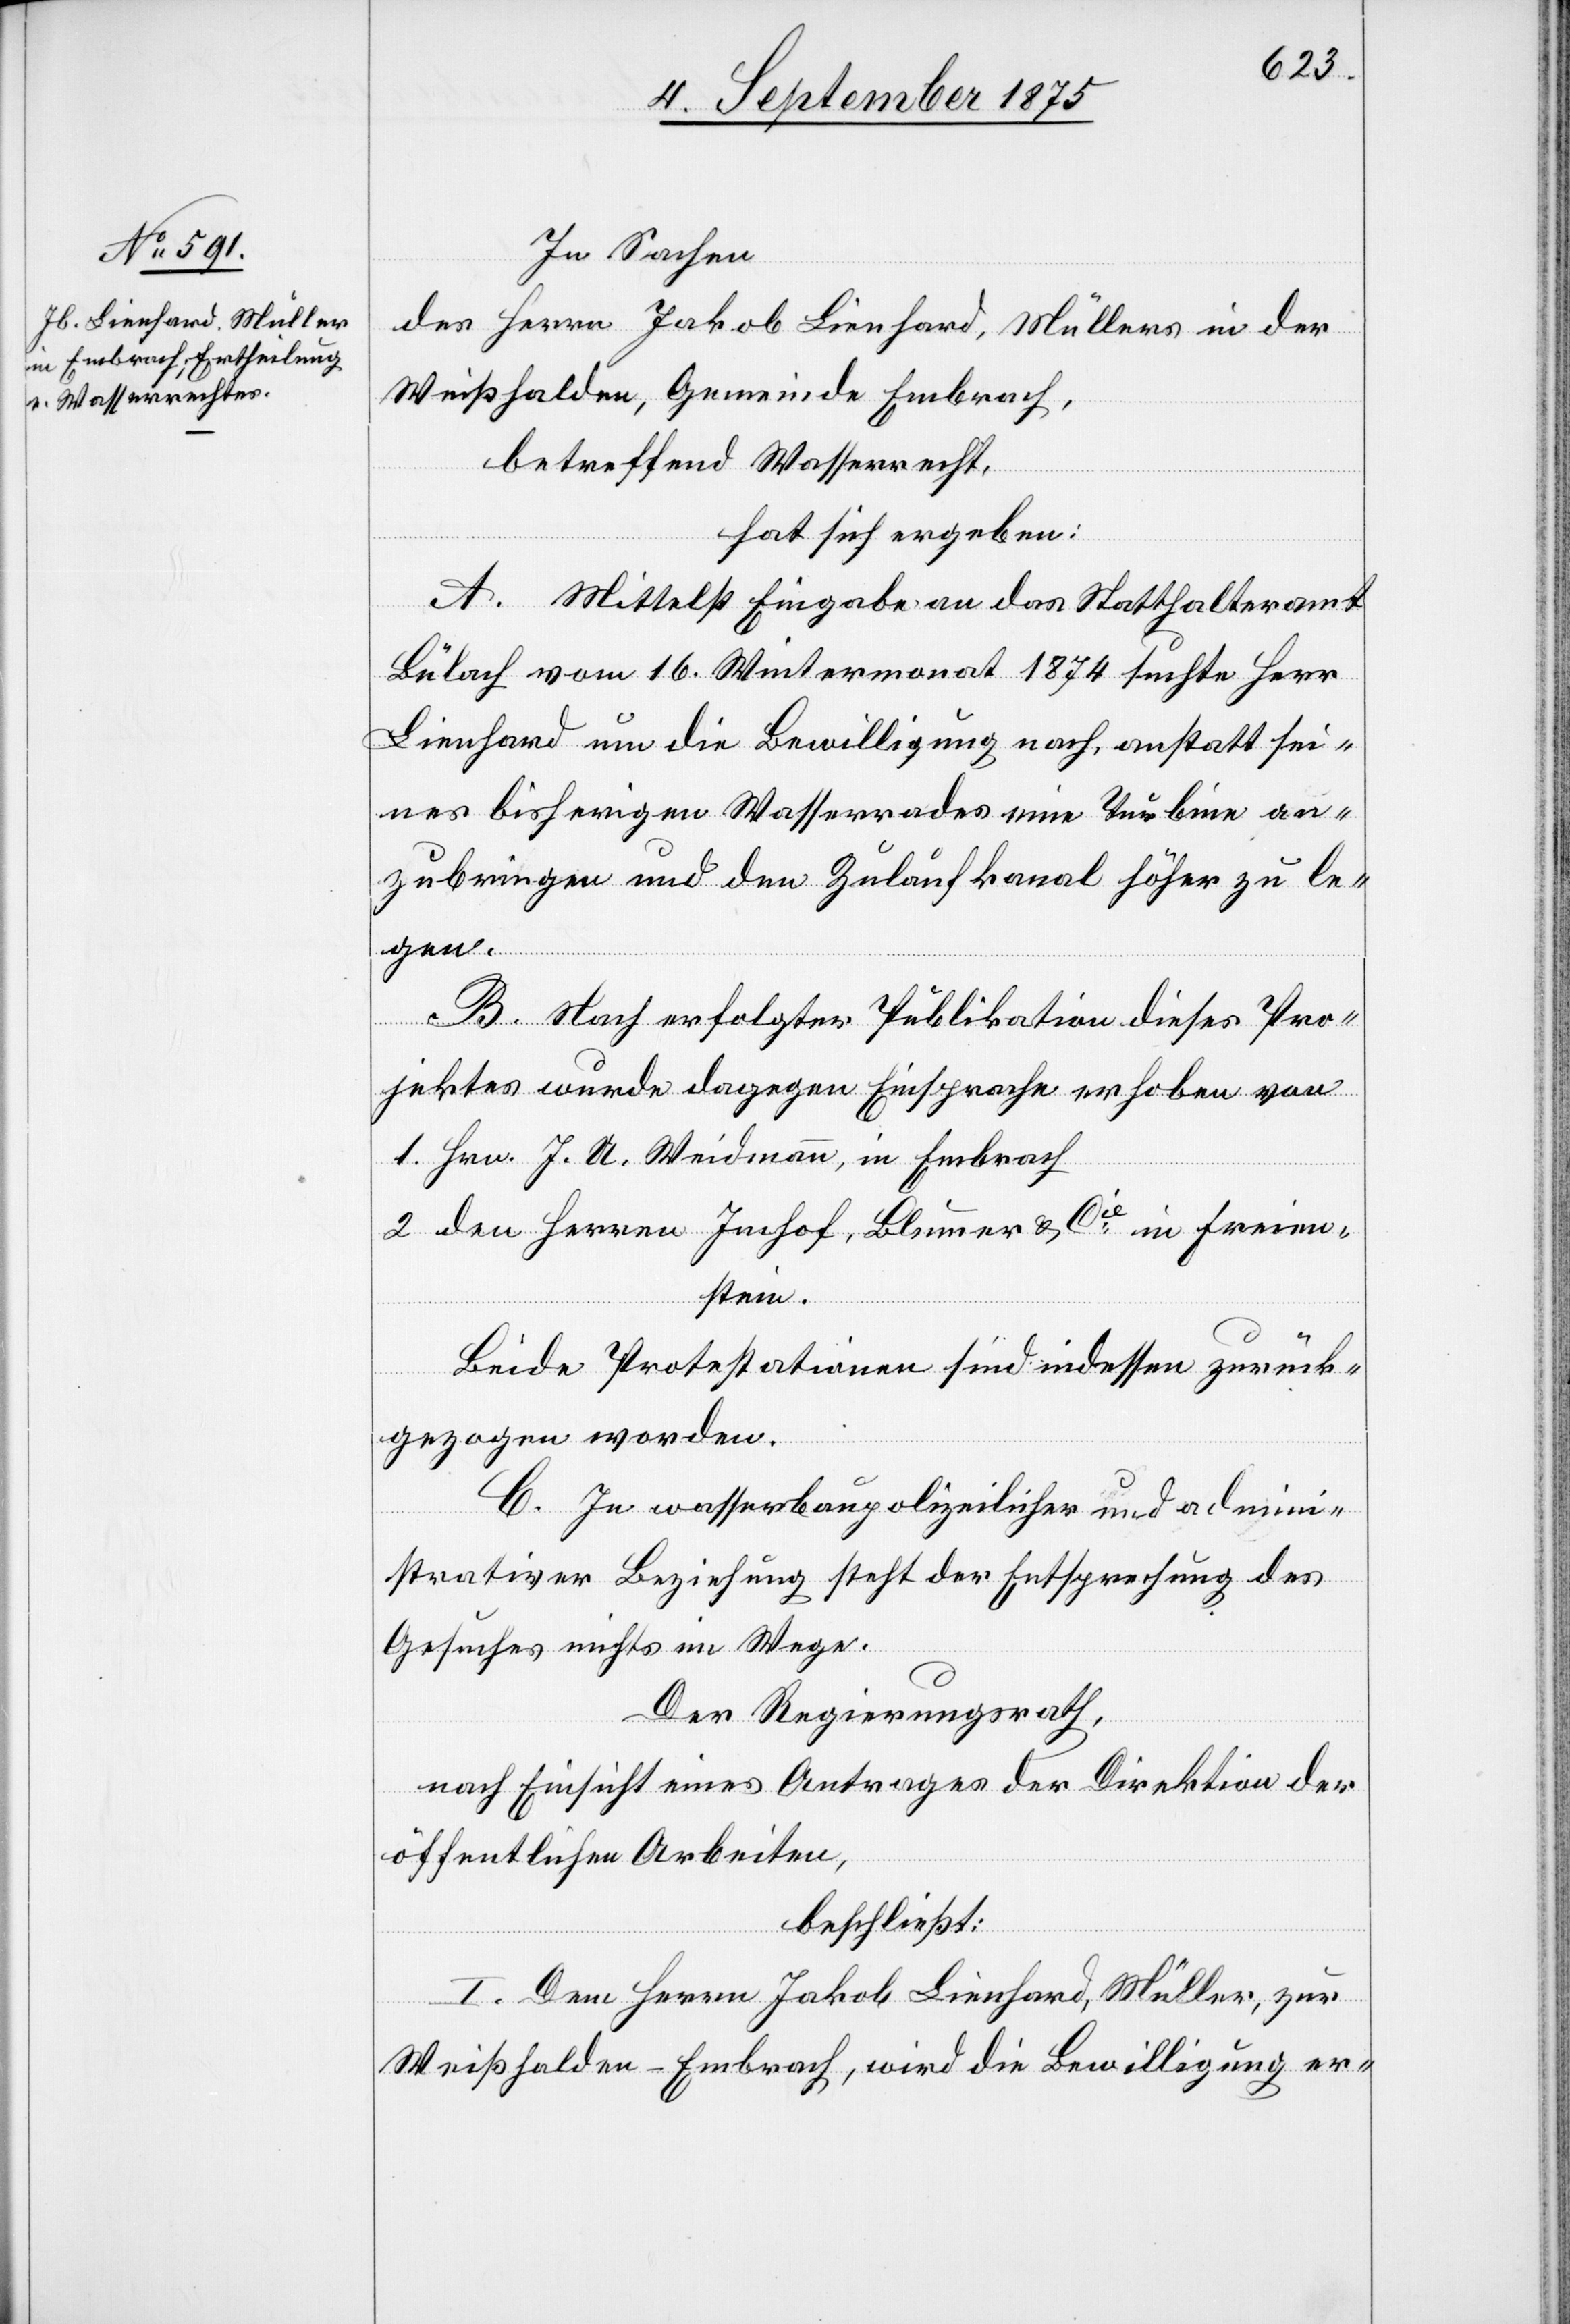
In Sachen
der Herren Jakob Lienhard, Müllers in der
Weißhalden, Gemeinde Embrach,
hat sich ergeben:
A. Mittelst Eingabe an das Statthalteramt
Bülach vom 16. Wintermonat 1874 suchte Herr
Lienhard um die Bewilligung nach, anstatt sei¬
nes bisherigen Wasserrades eine Turbine an¬
zubringen und den Zulaufkanal höher zu le¬
gen.
B. Nach erfolgter Publikation dieses Pro¬
jektes wurde dagegen Einsprache erhoben von
1. Hrn. J. A. Weidmann, in Embrach
2. den Herren Imhof, Blumer & Cie in Freien¬
stein.
Beide Protestationen sind indessen zurück¬
gezogen worden.
C. In wasserbaupolizeilicher und admini¬
strativer Beziehung steht der Entsprechung des
Gesuches nichts im Wege.
Der Regierungsrath,
nach Einsicht eines Antrages der Direktion der
öffentlichen Arbeiten,
beschließt:
I. Dem Herrn Jakob Lienhard, Müller, zur
Weißhalden - Embrach, wird die Bewilligung er-